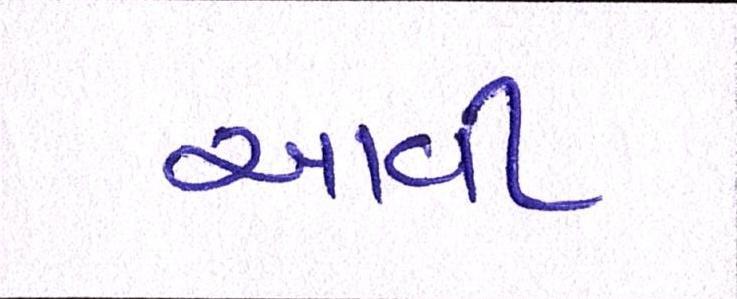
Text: આવી